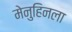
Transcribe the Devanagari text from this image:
मेनुहिनला